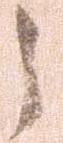
之